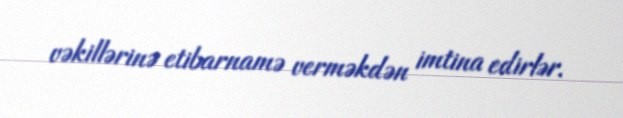
vəkillərinə etibarnamə verməkdən imtina edirlər.